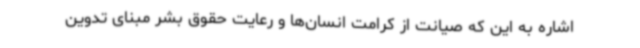
اشاره به این که صیانت از کرامت انسان‌ها و رعایت حقوق بشر مبنای تدوین